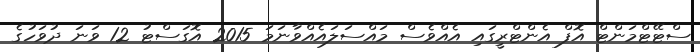
ސްޓޭޓްމަންޓް އޮފް އެންޓްރީގައި އެއްވެސް މައްސަލައެއްވާނަމަ 2015 އޮގަސްޓު 12 ވަނަ ދުވަހުގެ